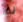
لذا